Indian journal of veterinary science and animal husbandry - Volume 7,
Year: 1937
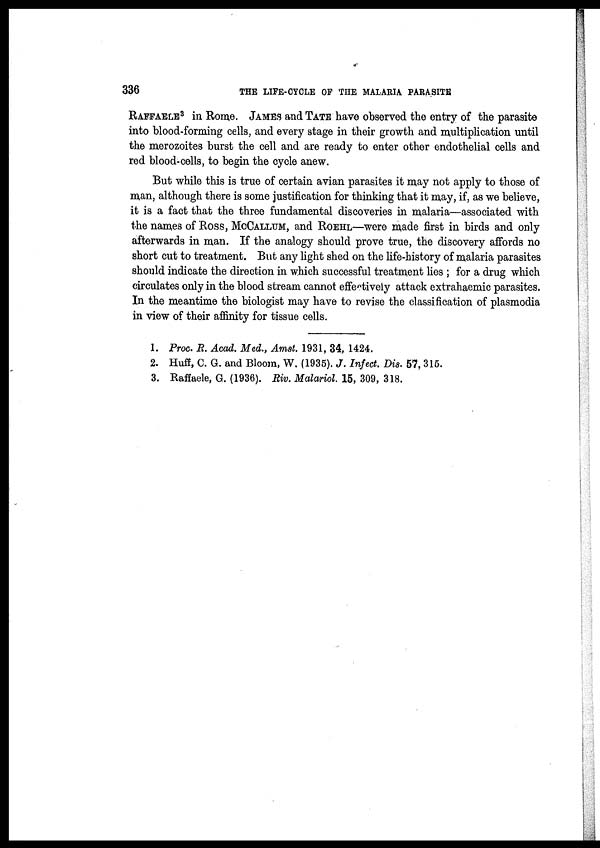
336
THE LIFE-CYCLE OF THE MALARIA PARASITE
RAFFAELE 3 in Rome. JAMES and TATE have observed the entry of the parasite
into blood-forming cells, and every stage in their growth and multiplication until
the merozoites burst the cell and are ready to enter other endothelial cells and
red blood-cells, to begin the cycle anew.
But while this is true of certain avian parasites it may not apply to those of
man, although there is some justification for thinking that it may, if, as we believe,
it is a fact that the three fundamental discoveries in malaria—associated with
the names of Ross, McCALLUM, and ROEHL—were made first in birds and only
afterwards in man. If the analogy should prove true, the discovery affords no
short cut to treatment. But any light shed on the life-history of malaria parasites
should indicate the direction in which successful treatment lies ; for a drug which
circulates only in the blood stream cannot effectively attack extrahaemic parasites.
In the meantime the biologist may have to revise the classification of plasmodia
in view of their affinity for tissue cells.
1. Proc. R. Acad. Med., Amst. 1931, 34, 1424.
2. Huff, C. G. and Bloom, W. (1935). J. Infect. Dis. 57, 315.
3. Raffaele, G. (1936). Riv. Malariol. 15, 309, 318.